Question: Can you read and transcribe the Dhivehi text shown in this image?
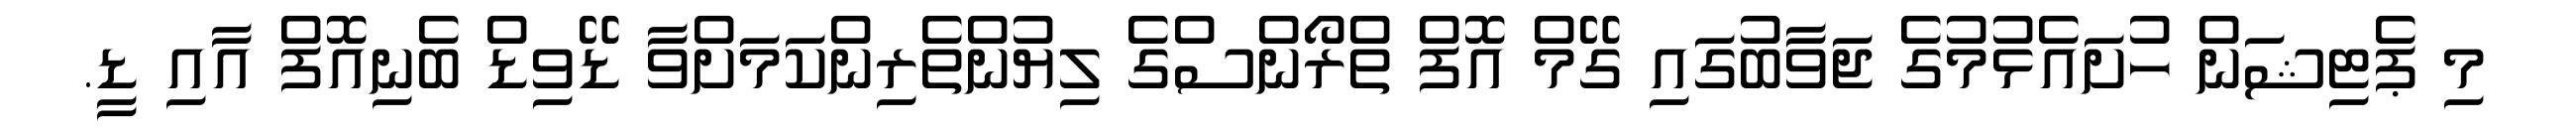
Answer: މި ޕެޓިޝަން ހުށައެޅުމުގެ ޖަވާބުގައި ގޭމް އޮފް ތްރޯންސްގެ ލިޔުންތެރިންކަމަށްވާ ޑޭވިޑް ބެނިއޮފް އާއި ޑީ.